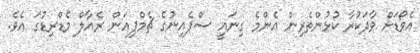
އެވޯޑަށް ވާދަކުރާ ކުޅުންތެރިން އެންމެ ގިނައީ ސްޕެއިނުގެ ޗެމްޕިއަން ރެއާލް މެޑްރިޑުގަ އެވެ.